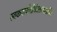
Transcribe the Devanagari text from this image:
स्वकवापीदीर्घदलव्यासानि।।